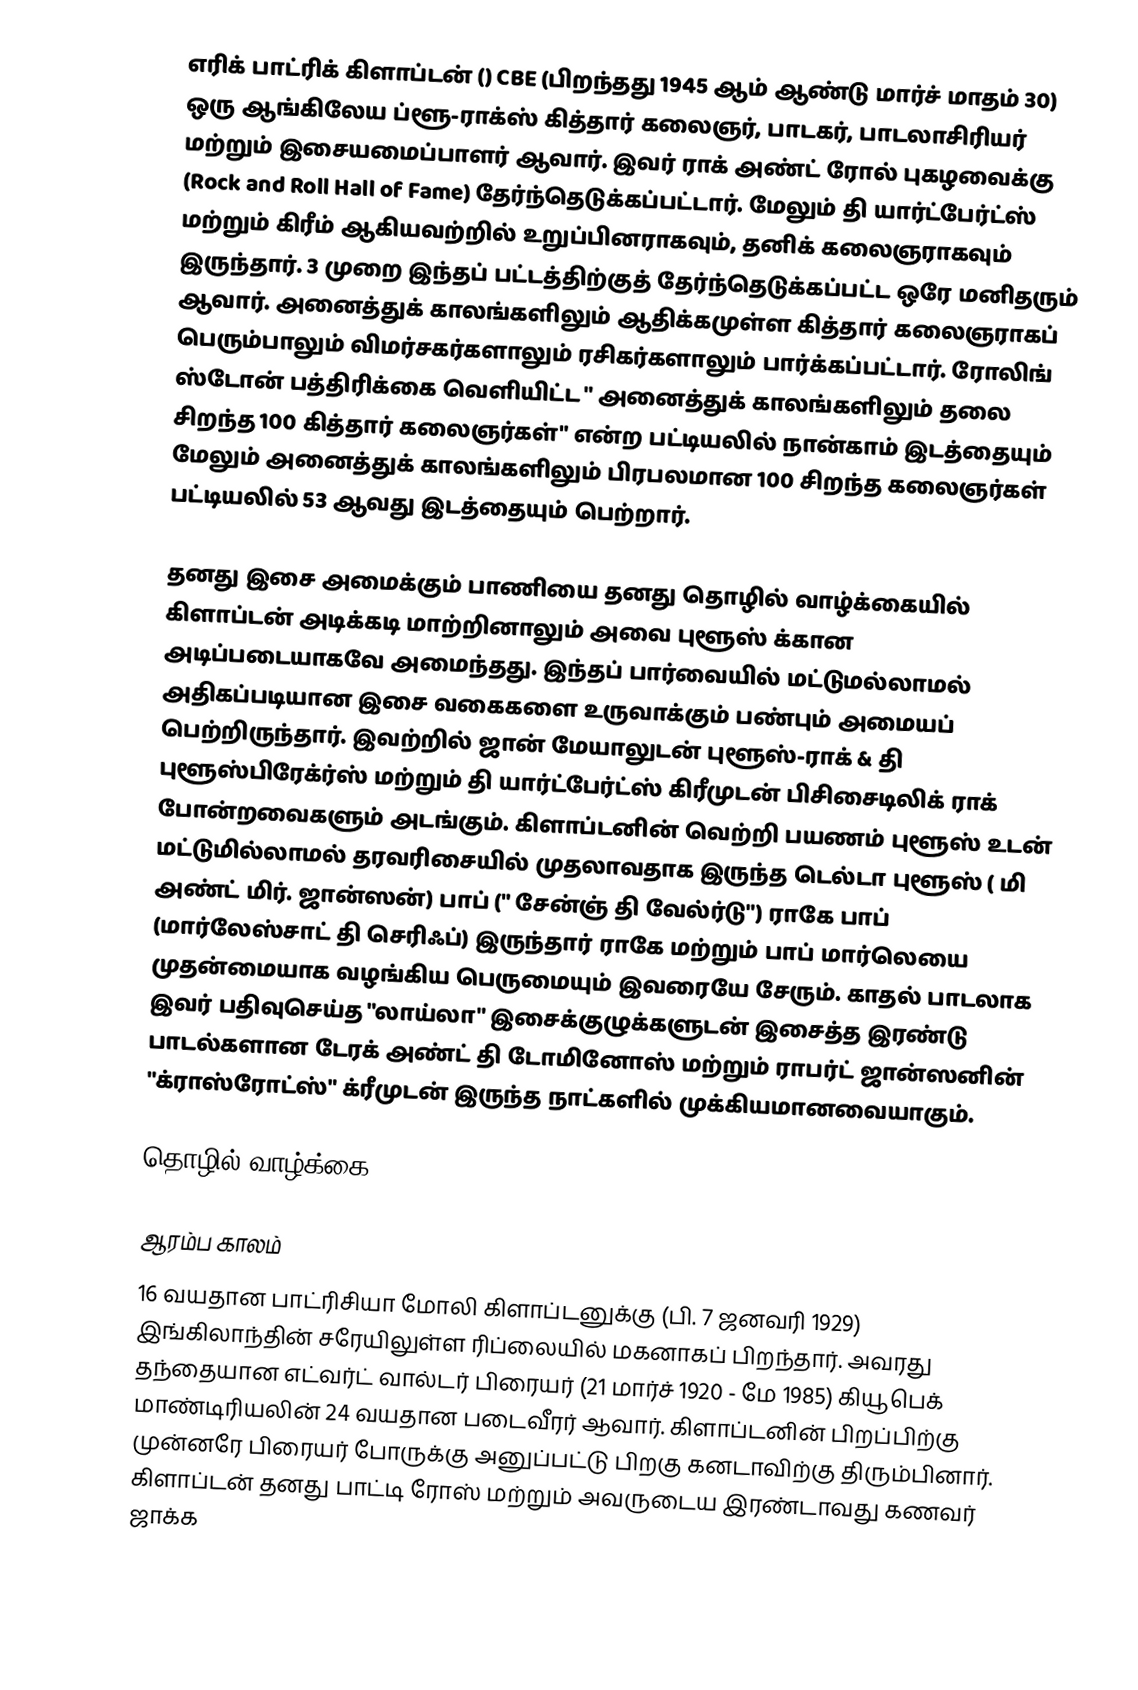
எரிக் பாட்ரிக் கிளாப்டன் () CBE (பிறந்தது 1945 ஆம் ஆண்டு மார்ச் மாதம் 30) ஒரு ஆங்கிலேய ப்ளூ-ராக்ஸ் கித்தார் கலைஞர், பாடகர், பாடலாசிரியர் மற்றும் இசையமைப்பாளர் ஆவார். இவர் ராக் அண்ட் ரோல் புகழவைக்கு (Rock and Roll Hall of Fame) தேர்ந்தெடுக்கப்பட்டார். மேலும் தி யார்ட்பேர்ட்ஸ் மற்றும் கிரீம் ஆகியவற்றில் உறுப்பினராகவும், தனிக் கலைஞராகவும் இருந்தார். 3 முறை இந்தப் பட்டத்திற்குத் தேர்ந்தெடுக்கப்பட்ட ஒரே மனிதரும் ஆவார். அனைத்துக் காலங்களிலும் ஆதிக்கமுள்ள கித்தார் கலைஞராகப் பெரும்பாலும்  விமர்சகர்களாலும் ரசிகர்களாலும் பார்க்கப்பட்டார். ரோலிங் ஸ்டோன் பத்திரிக்கை வெளியிட்ட " அனைத்துக் காலங்களிலும் தலை சிறந்த 100 கித்தார் கலைஞர்கள்" என்ற பட்டியலில் நான்காம் இடத்தையும் மேலும் அனைத்துக் காலங்களிலும் பிரபலமான 100 சிறந்த கலைஞர்கள் பட்டியலில் 53 ஆவது இடத்தையும் பெற்றார்.

தனது இசை அமைக்கும் பாணியை தனது தொழில் வாழ்க்கையில் கிளாப்டன் அடிக்கடி மாற்றினாலும் அவை புளூஸ் க்கான அடிப்படையாகவே அமைந்தது. இந்தப் பார்வையில் மட்டுமல்லாமல் அதிகப்படியான இசை வகைகளை உருவாக்கும் பண்பும் அமையப் பெற்றிருந்தார். இவற்றில் ஜான் மேயாலுடன் புளூஸ்-ராக் & தி புளூஸ்பிரேக்ர்ஸ் மற்றும் தி யார்ட்பேர்ட்ஸ் கிரீமுடன் பிசிசைடிலிக் ராக் போன்றவைகளும் அடங்கும். கிளாப்டனின் வெற்றி பயணம் புளூஸ் உடன் மட்டுமில்லாமல் தரவரிசையில் முதலாவதாக இருந்த டெல்டா புளூஸ் ( மி அண்ட் மிர். ஜான்ஸன்) பாப் (" சேன்ஞ் தி வேல்ர்டு") ராகே பாப் (மார்லேஸ்சாட் தி செரிஃப்) இருந்தார் ராகே மற்றும் பாப் மார்லெயை முதன்மையாக வழங்கிய பெருமையும் இவரையே சேரும். காதல் பாடலாக இவர் பதிவுசெய்த "லாய்லா" இசைக்குழுக்களுடன் இசைத்த இரண்டு பாடல்களான டேரக் அண்ட் தி டோமினோஸ் மற்றும் ராபர்ட் ஜான்ஸனின் "க்ராஸ்ரோட்ஸ்" க்ரீமுடன் இருந்த நாட்களில் முக்கியமானவையாகும்.

தொழில் வாழ்க்கை

ஆரம்ப காலம்
16 வயதான பாட்ரிசியா மோலி கிளாப்டனுக்கு (பி. 7 ஜனவரி 1929) இங்கிலாந்தின் சரேயிலுள்ள ரிப்லையில் மகனாகப் பிறந்தார். அவரது தந்தையான எட்வர்ட் வால்டர் பிரையர் (21 மார்ச் 1920 - மே 1985) கியூபெக் மாண்டிரியலின் 24 வயதான படைவீரர் ஆவார். கிளாப்டனின் பிறப்பிற்கு முன்னரே பிரையர் போருக்கு அனுப்பட்டு பிறகு கனடாவிற்கு திரும்பினார். கிளாப்டன் தனது பாட்டி ரோஸ் மற்றும் அவருடைய இரண்டாவது கணவர் ஜாக்க